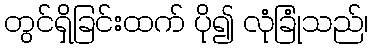
တွင်ရှိခြင်းထက် ပို၍ လုံခြုံသည်၊